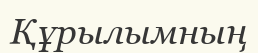
Құрылымның